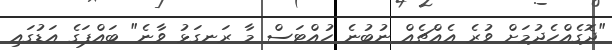
"ދޮގެއްހެދުމަށް ވުރެ އެއްޗެއް ނުބުނެ ހުއްޓަސް މާ ރަނގަޅު ވާނެ" ބައްޕަގެ އަޑުގައި